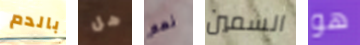
بالدم هل نعم السمين هو